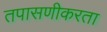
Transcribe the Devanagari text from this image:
तपासणीकरता